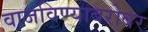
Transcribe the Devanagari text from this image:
वाजविण्याबरोबर